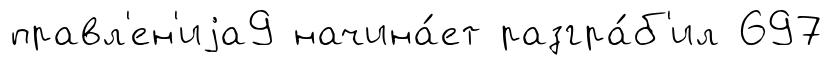
правл'ен'иjа9 начина́ет разгра́б'ил 697